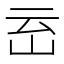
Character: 𱛈